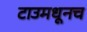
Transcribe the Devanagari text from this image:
टाउमधूनच